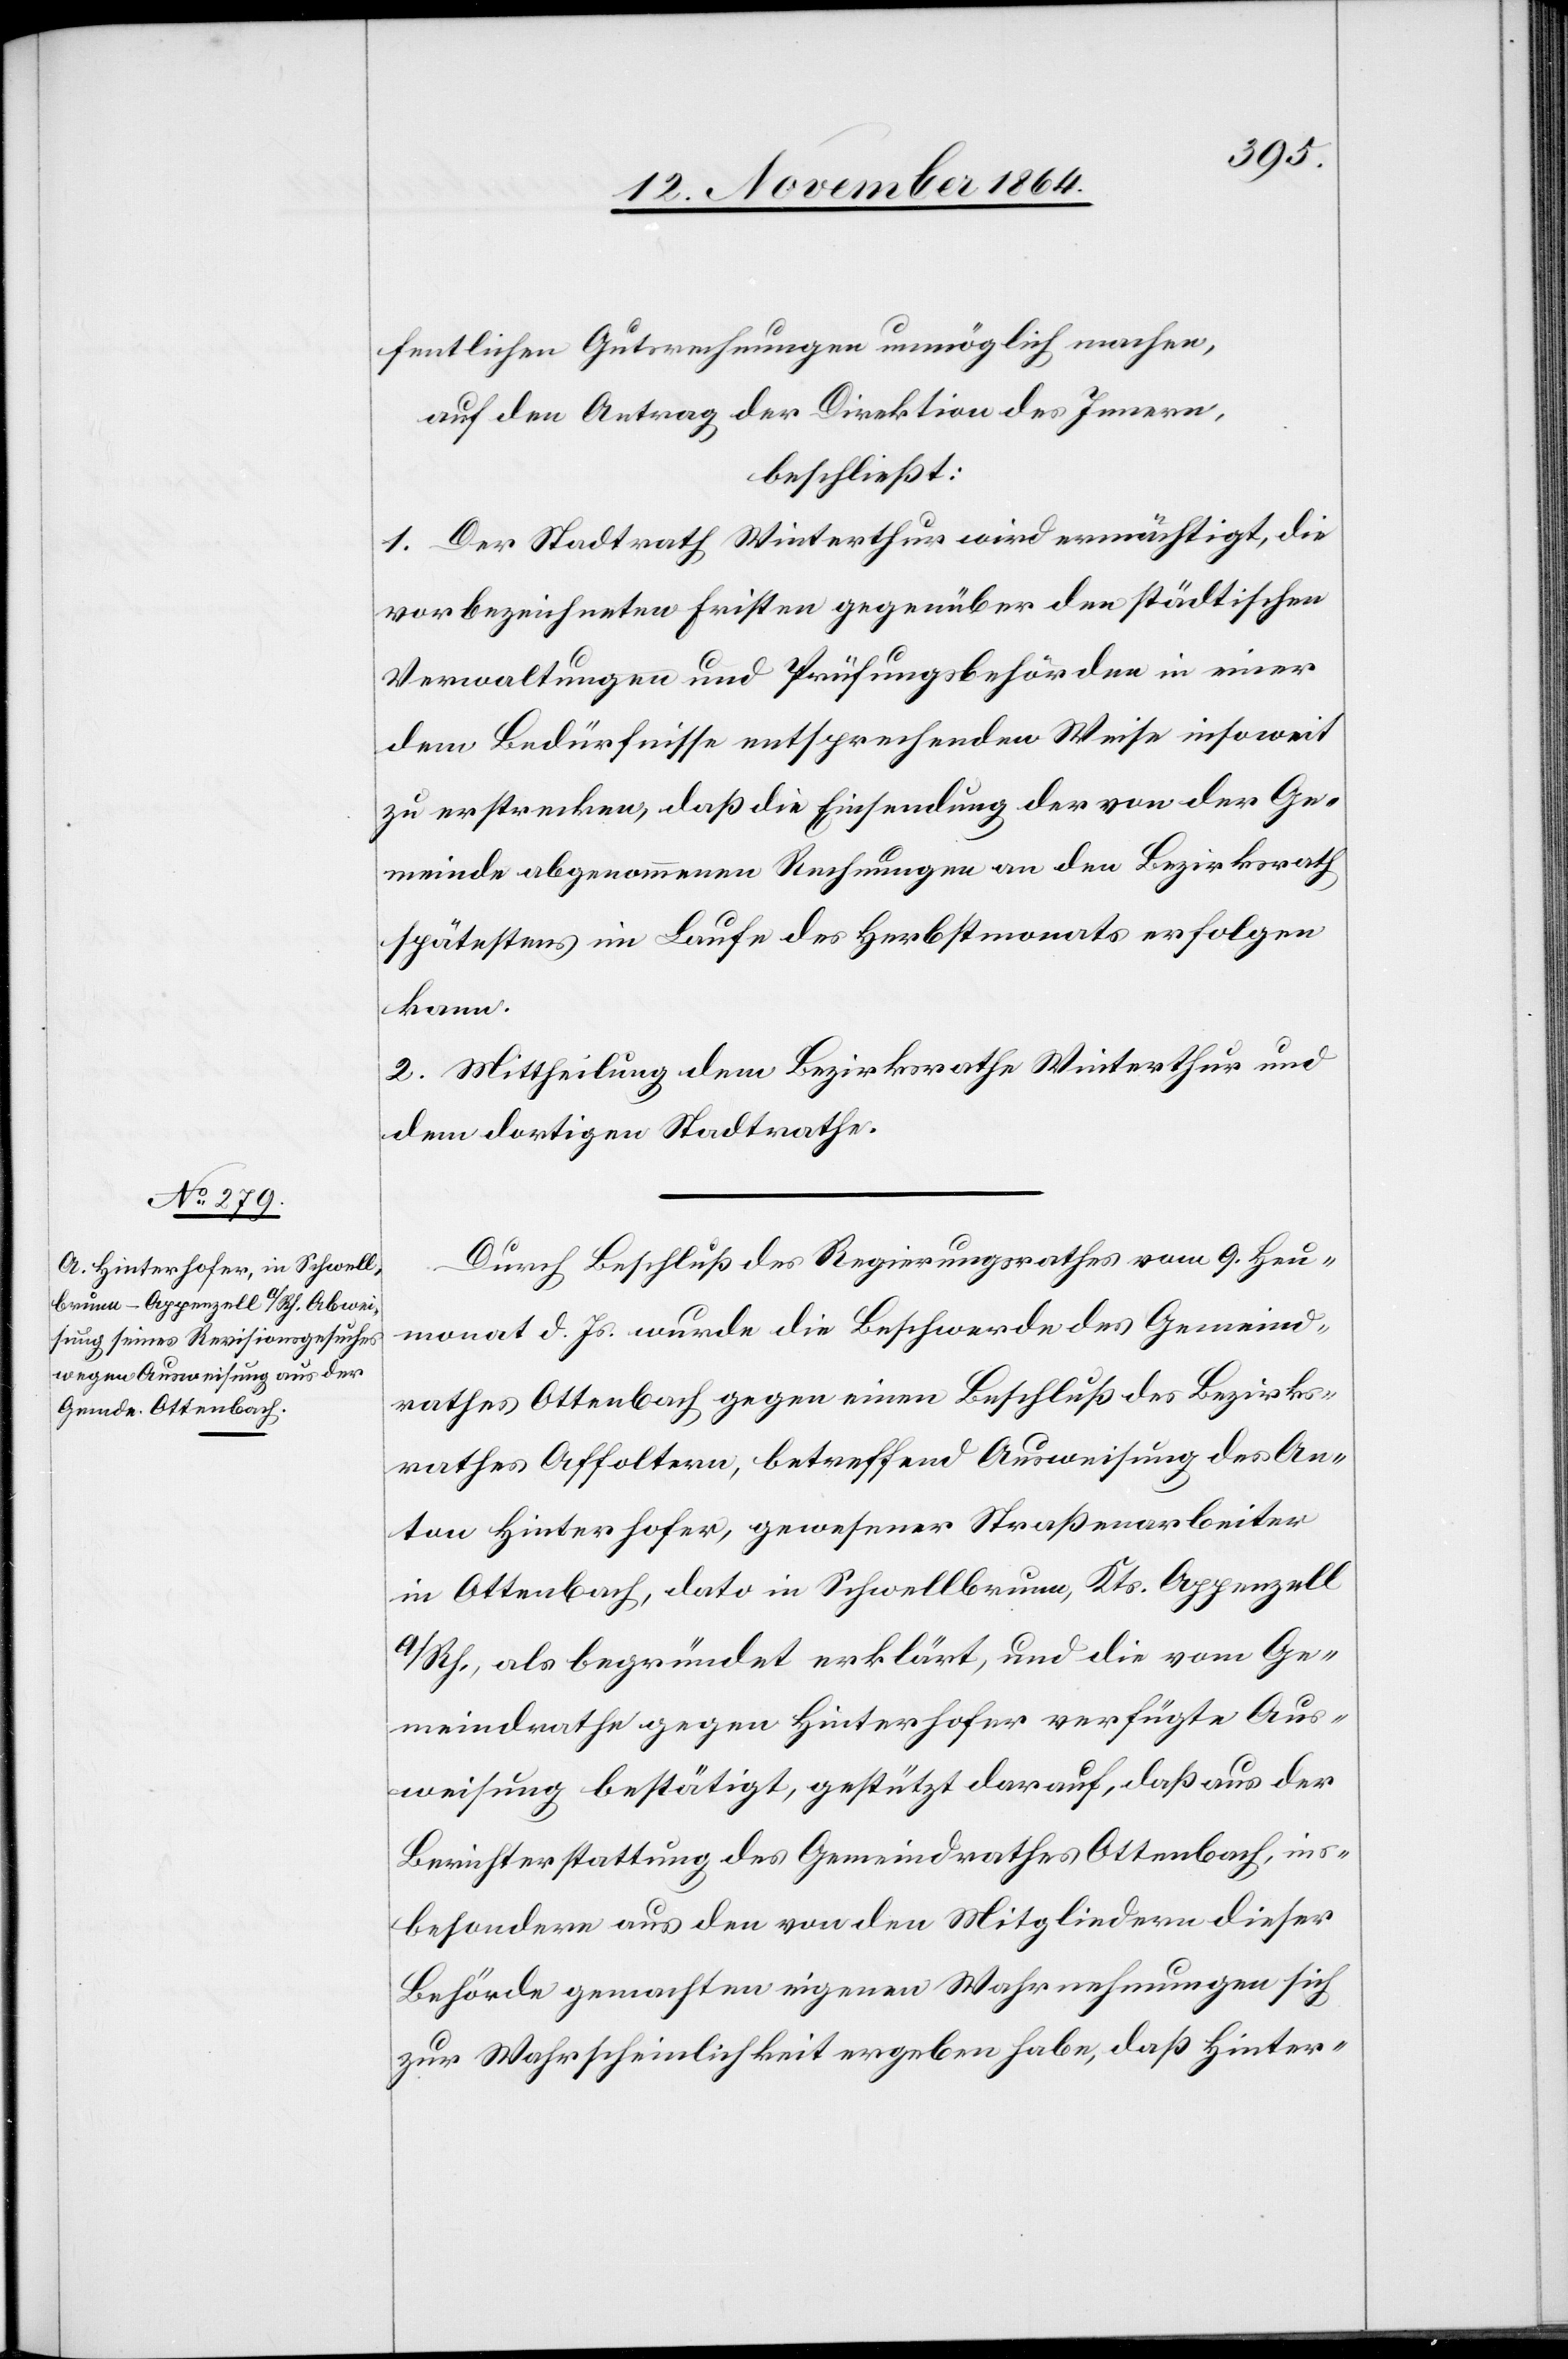
fentlichen Gutsrechnungen unmöglich machen,
auf den Antrag der Direktion des Innern,
beschließt:
1. Der Stadtrath Winterthur wird ermächtigt, die
vorbezeichneten Fristen gegenüber den städtischen
Verwaltungen und Prüfungsbehörden in einer
dem Bedürfnisse entsprechenden Weise insoweit
zu erstrecken, daß die Einsendung der von der Ge¬
meinde abgenommenen Rechnungen an den Bezirksrath
spätestens im Laufe des Herbstmonats erfolgen
kann.
2. Mittheilung dem Bezirksrathe Winterthur und
dem dortigen Stadtrathe.
Durch Beschluß des Regierungsrathes vom 9. Heu¬
monat d. Js. wurde die Beschwerde des Gemeind¬
rathes Ottenbach gegen einen Beschluß des Bezirks¬
rathes Affoltern, betreffend Ausweisung des An¬
ton Hinterhofer, gewesener Straßenarbeiter
in Ottenbach, dato in Schwellbrunn, Kts. Appenzell
a/Rh., als begründet erklärt, und die vom Ge¬
meindrathe gegen Hinterhofer verfügte Aus¬
weisung bestätigt, gestützt darauf, daß aus der
Berichterstattung des Gemeindrathes Ottenbach, ins¬
besondere aus den von den Mitgliedern dieser
Behörde gemachten eigenen Wahrnehmungen sich
zur Wahrscheinlichkeit ergeben habe, daß Hinter-